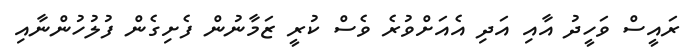
ރައީސް ވަހީދު އާއި އަދި އެއަށްވުރެ ވެސް ކުރީ ޒަމާނުން ފެށިގެން ފުލުހުންނާއި